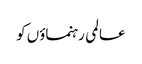
عالمی رہنماؤں کو